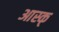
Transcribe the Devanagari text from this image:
आस्क्